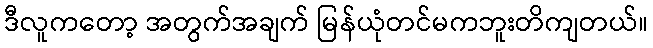
ဒီလူကတော့ အတွက်အချက် မြန်ယုံတင်မကဘူးတိကျတယ်။